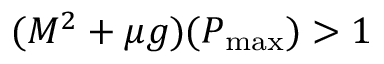
( M ^ { 2 } + \mu g ) ( P _ { \mathrm { { m a x } } } ) > 1